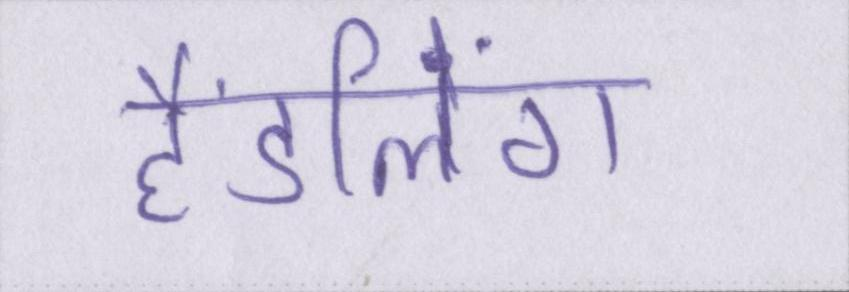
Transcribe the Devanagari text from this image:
हैंडलिंग